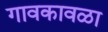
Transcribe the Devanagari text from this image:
गावकावळा